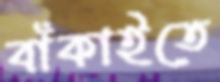
বাঁকাইতে